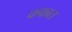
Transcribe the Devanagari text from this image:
कफात